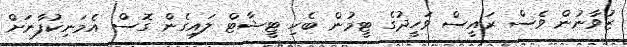
ޒުވާނުން ވެސް ރައީސް ވަހީދުގެ ޓީމުން ބެހި ޓީޝާޓް ލައިގެން ގޮސް އެމަނިކުފާނަށް